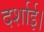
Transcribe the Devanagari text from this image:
दर्शाई।